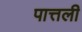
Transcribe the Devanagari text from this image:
पात्तली